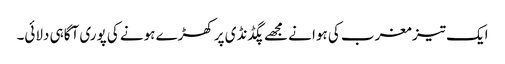
ایک تیز مغرب کی ہوا نے مجھے پگڈنڈی پر کھڑے ہونے کی پوری آگاہی دلائی۔